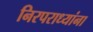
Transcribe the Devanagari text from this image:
निरपराध्यांना